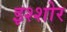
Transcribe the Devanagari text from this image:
इश्शोर